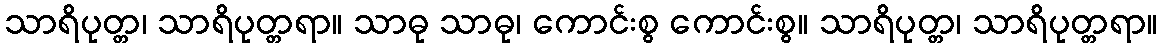
သာရိပုတ္တ၊ သာရိပုတ္တရာ။ သာဓု သာဓု၊ ကောင်းစွ ကောင်းစွ။ သာရိပုတ္တ၊ သာရိပုတ္တရာ။